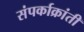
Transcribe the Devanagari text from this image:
संपर्काक्रांती